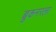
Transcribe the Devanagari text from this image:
ब्रुकनरला